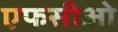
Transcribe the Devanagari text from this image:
एफसीओ